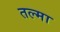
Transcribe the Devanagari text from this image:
तल्मा